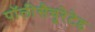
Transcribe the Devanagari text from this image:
पॉलीसैचुरेटेड